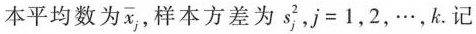
本平均数为 \overline{x}_{j} ，样本方差为s_{j}^{2}，$$j=1$$，2，\cdots，k.记